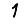
Digit: 1